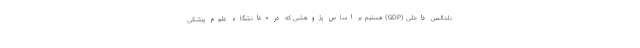
ناخالص داخلی (GDP) هستیم. بر اساس پژوهشی که در «دانشگاه علوم پزشکی